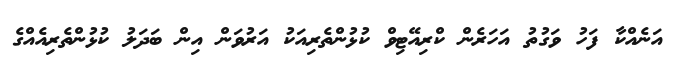
އަނެއްކާ ފަހު ވަގުތު އަހަރެން ކްރިއޭޓިވް ކުޅުންތެރިއަކު އަރުވަން އިން ބަދަލު ކުޅުންތެރިއެއްގެ